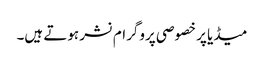
میڈیا پر خصوصی پروگرام نشر ہوتے ہیں۔